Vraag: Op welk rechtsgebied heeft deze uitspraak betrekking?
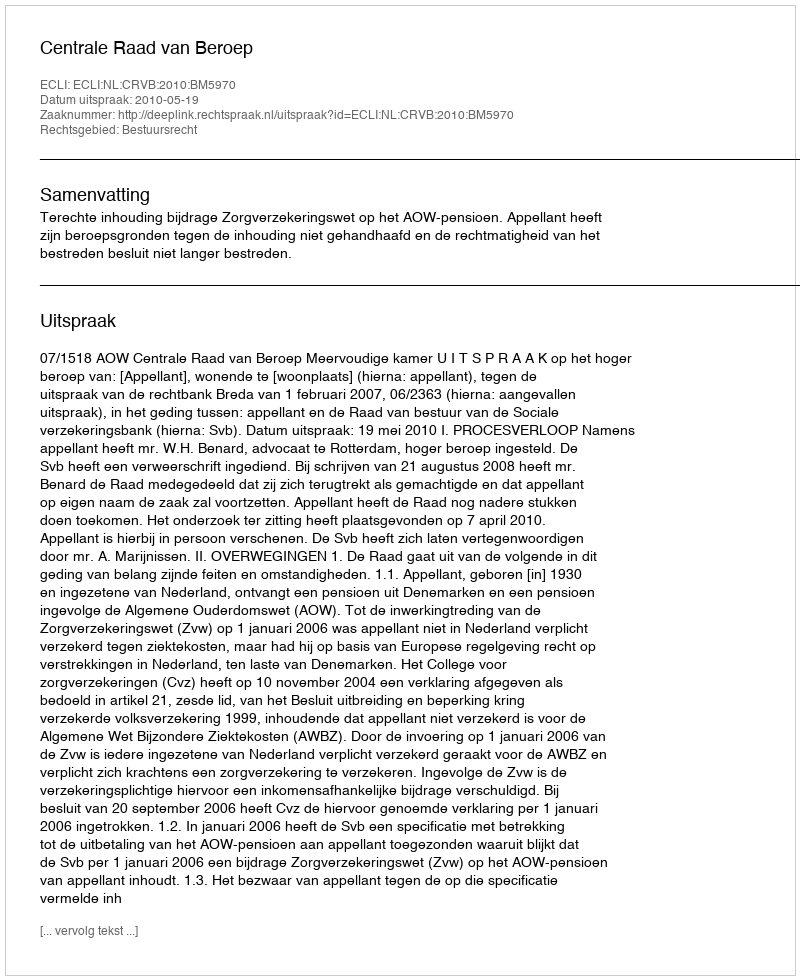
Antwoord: Bestuursrecht